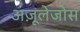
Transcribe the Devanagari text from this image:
अज़ूलेजोस